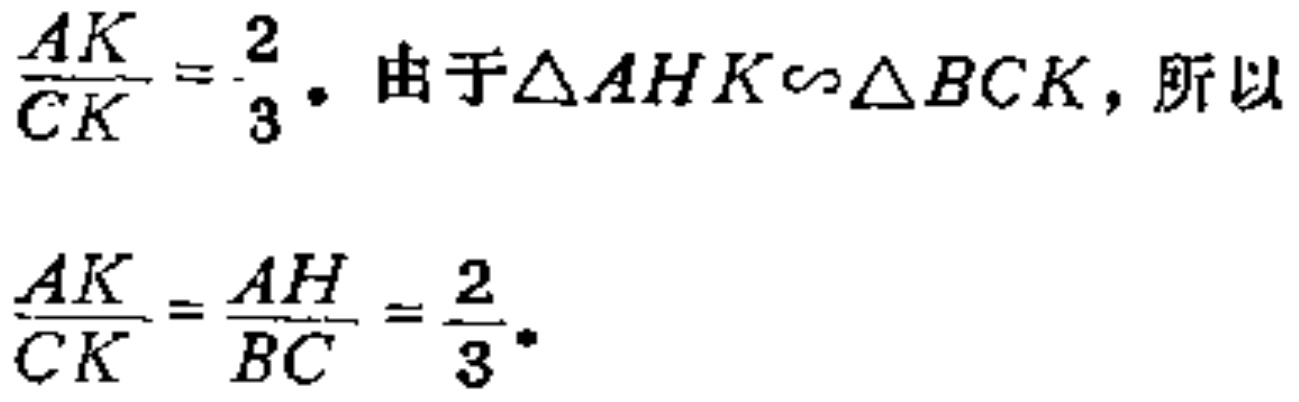
\(\frac{AK}{CK}=\frac{2}{3}\). 由于\(\triangle AHK\sim\triangle BCK\)，所以
\(\frac{AK}{CK}=\frac{AH}{BC}=\frac{2}{3}\).